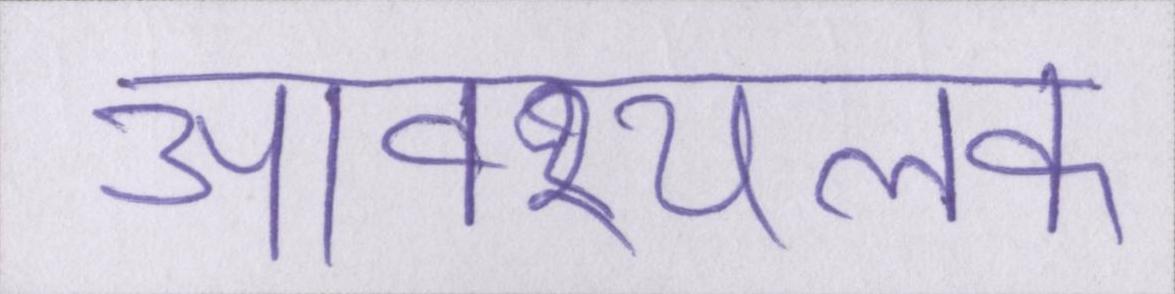
आवश्यलक